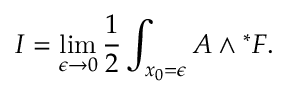
I = \operatorname * { l i m } _ { \epsilon \to 0 } { \frac { 1 } { 2 } } \int _ { x _ { 0 } = \epsilon } { \cal A } \wedge { } ^ { * } { \cal F } .